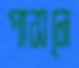
পাসনে